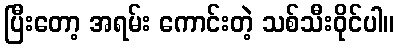
ပြီးတော့ အရမ်း ကောင်းတဲ့ သစ်သီးဝိုင်ပါ။